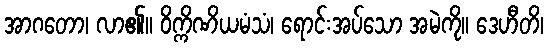
အာဂတော၊ လာ၏။ ဝိက္ကိဏိယမံသံ၊ ရောင်းအပ်သော အမဲကို။ ဒေဟီတိ၊